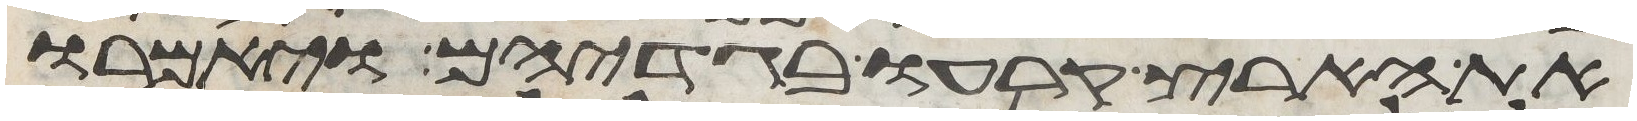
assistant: את הארץ קרעו בגדיהם ויאמרו